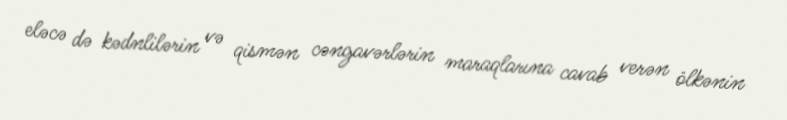
eləcə də kədnlilərin və qismən cəngavərlərin maraqlarına cavab verən ölkənin